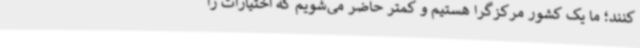
کنند؛ ما یک کشور مرکزگرا هستیم و کمتر حاضر می‌شویم که اختیارات را